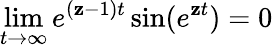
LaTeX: \operatorname*{lim}_{t\rightarrow\infty}e^{(\mathbf{z}-1)t}\sin(e^{\mathbf{z}t})=0